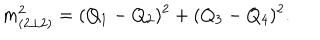
m _ { ( 2 \bot 2 ) } ^ { 2 } = ( Q _ { 1 } - Q _ { 2 } ) ^ { 2 } + ( Q _ { 3 } - Q _ { 4 } ) ^ { 2 } .